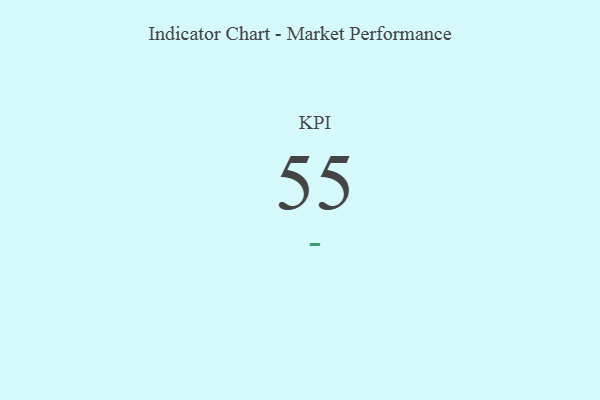
{"axis": {"x": "KPI", "y": "Value"}, "legend": [""], "data": [{"x": "KPI", "y": 55, "type": ""}]}